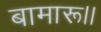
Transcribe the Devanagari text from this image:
बामारू।।